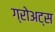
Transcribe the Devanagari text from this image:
ग्रोअट्स